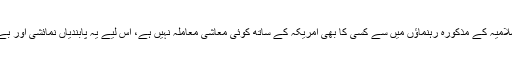
امارت اسلامیہ کے مذکورہ رہنماؤں میں سے کسی کا بھی امریکہ کے ساتھ کوئی معاشی معاملہ نہیں ہے، اس لیے یہ پابندیاں نمائشی اور بے اثر ہیں۔